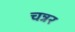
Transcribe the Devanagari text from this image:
चन्नर